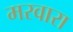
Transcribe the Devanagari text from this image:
मरवारा